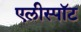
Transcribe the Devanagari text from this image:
एलीस्पॉट